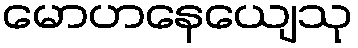
မောဟနေယျေသု